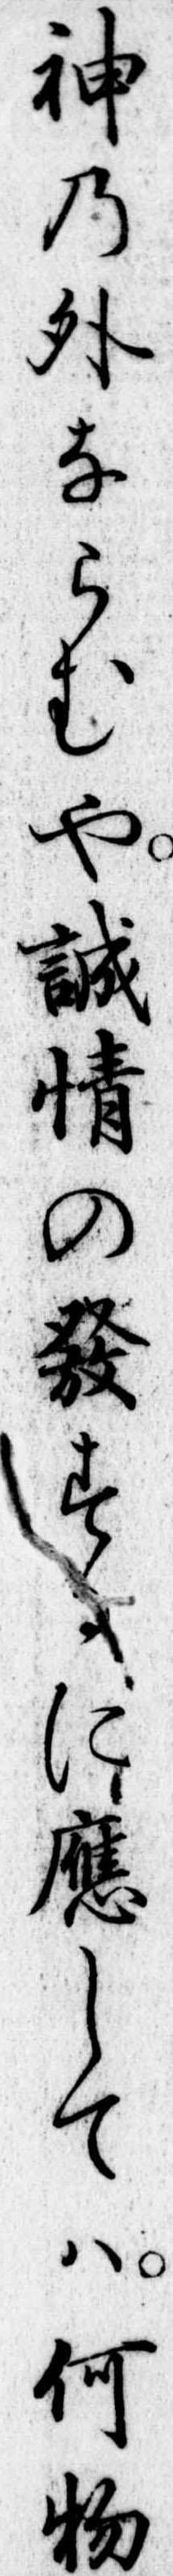
神の外ならむや誠情の発するに応しては何物